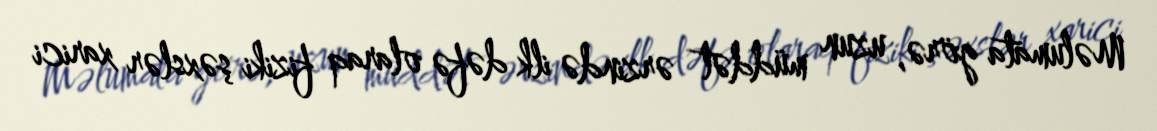
Məlumata görə, uzun müddət ərzində ilk dəfə olaraq fiziki şəxslər xarici